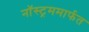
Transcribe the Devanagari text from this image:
नॉस्ट्रममार्फत